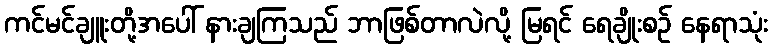
ကင်မင်ချူးတို့အပေါ် နားချကြသည် ဘာဖြစ်တာလဲလို့ မြရင် ရေချိုးစဉ် နေရာသုံး